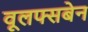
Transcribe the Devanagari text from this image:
वूलफ्सबेन